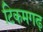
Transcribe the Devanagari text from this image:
टिकमगढ़